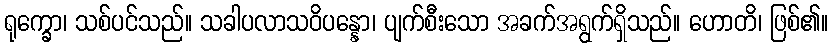
ရုက္ခော၊ သစ်ပင်သည်။ သခါပလာသဝိပန္နော၊ ပျက်စီးသော အခက်အရွက်ရှိသည်။ ဟောတိ၊ ဖြစ်၏။